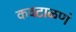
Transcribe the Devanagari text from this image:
कवटाळणं